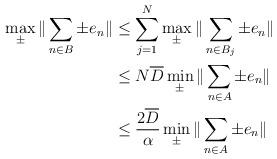
LaTeX: \begin{align*} \max_{\pm}\| \sum_{n \in B} \pm e_n \| &\le \sum_{j=1}^N \max_{\pm}\| \sum_{n \in B_j} \pm e_n \|\\&\le N\overline{D} \min_{\pm}\| \sum_{n \in A} \pm e_n \|\\&\le \frac{2\overline{D}}{\alpha} \min_{\pm}\| \sum_{n \in A} \pm e_n \|\end{align*}